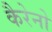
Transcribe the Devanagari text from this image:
कैरेनो